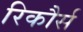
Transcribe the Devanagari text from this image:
रिकौर्स